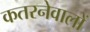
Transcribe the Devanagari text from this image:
कतरनेवालों